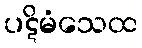
ပဋိမံသေထ